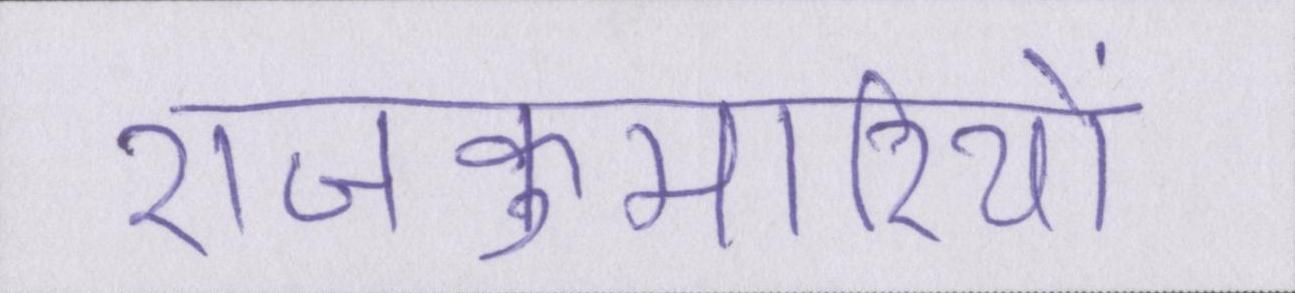
राजकुमारियों